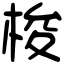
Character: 梭